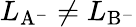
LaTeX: L_{\mathrm{{A^{-}}}}\neq L_{\mathrm{{B^{-}}}}